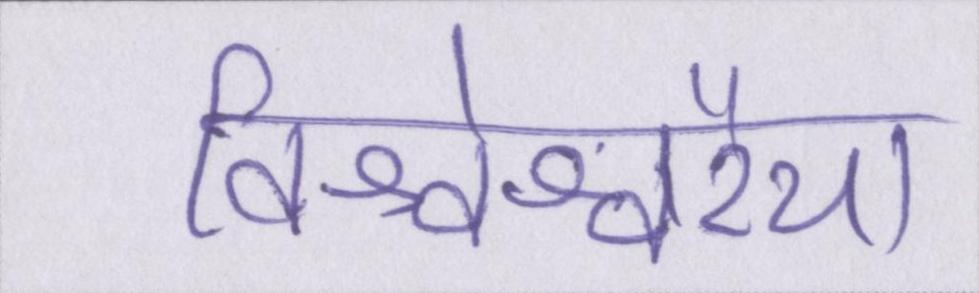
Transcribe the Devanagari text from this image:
विश्वेश्वरैया